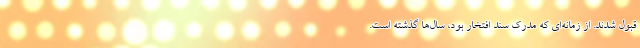
قبول شدند. از زمانه‌ای که مدرک سند افتخار بود، سال‌ها گذشته است.